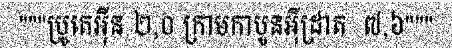
"""ប្រូតេអ៊ីន ២,០ ក្រាមកាបូនអ៊ីដ្រាត  ៧,៦"""